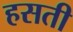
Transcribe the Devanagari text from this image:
हसती